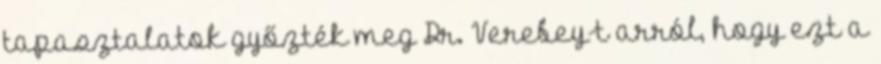
tapasztalatok győzték meg Dr. Verebey-t arról, hogy ezt a